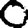
Digit: 0